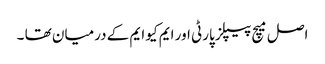
اصل میچ پیپلز پارٹی اور ایم کیو ایم کے درمیان تھا ۔